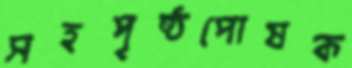
সহপৃষ্ঠপোষক